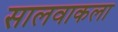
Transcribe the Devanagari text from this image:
सालवाकला